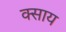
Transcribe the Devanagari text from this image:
क्साय